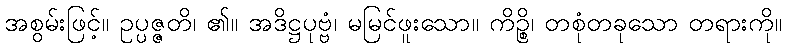
အစွမ်းဖြင့်။ ဥပ္ပဇ္ဇတိ၊ ၏။ အဒိဋ္ဌပုဗ္ဗံ၊ မမြင်ဖူးသော။ ကိဉ္စိ၊ တစုံတခုသော တရားကို။